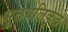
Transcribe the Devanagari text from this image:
भूतवलिकृत